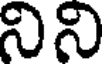
నిని